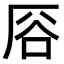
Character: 𫨊